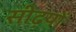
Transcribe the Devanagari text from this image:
सीढ़यों